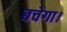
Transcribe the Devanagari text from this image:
बचेगा।